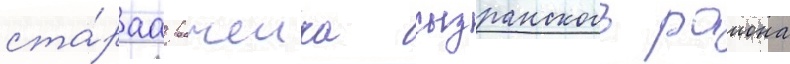
ста́раа рачеика сызранского раиона